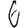
Digit: 6